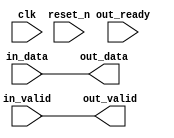
module soc_system_hps_only_master_timing_adt (
    
      // Interface: clk
      input              clk,
      // Interface: reset
      input              reset_n,
      // Interface: in
      input              in_valid,
      input      [ 7: 0] in_data,
      // Interface: out
      output reg         out_valid,
      output reg [ 7: 0] out_data,
      input              out_ready
);




   // ---------------------------------------------------------------------
   //| Signal Declarations
   // ---------------------------------------------------------------------

   reg  [ 7: 0] in_payload;
   reg  [ 7: 0] out_payload;
   reg  [ 0: 0] ready;
   reg          in_ready;
   // synthesis translate_off
   always @(negedge in_ready) begin
      $display("%m: The downstream component is backpressuring by deasserting ready, but the upstream component can't be backpressured.");
   end
   // synthesis translate_on   


   // ---------------------------------------------------------------------
   //| Payload Mapping
   // ---------------------------------------------------------------------
   always @* begin
     in_payload = {in_data};
     {out_data} = out_payload;
   end

   // ---------------------------------------------------------------------
   //| Ready & valid signals.
   // ---------------------------------------------------------------------
   always @* begin
     ready[0] = out_ready;
     out_valid = in_valid;
     out_payload = in_payload;
     in_ready = ready[0];
   end




endmodule